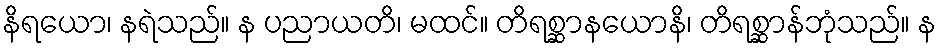
နိရယော၊ နရဲသည်။ န ပညာယတိ၊ မထင်။ တိရစ္ဆာနယောနိ၊ တိရစ္ဆာန်ဘုံသည်။ န